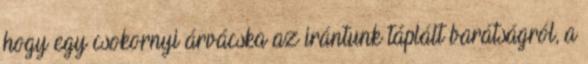
hogy egy csokornyi árvácska az irántunk táplált barátságról, a